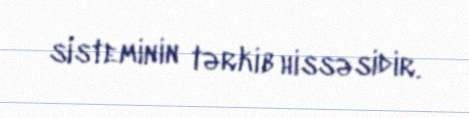
sisteminin tərkib hissəsidir.